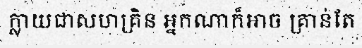
ក្លាយជាសហគ្រិន អ្នកណាក៏អាច គ្រាន់តែ